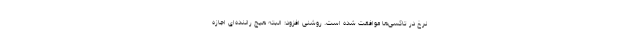
نرخ در تاکسی‌ها موافقت شده است. روشنی افزود: البته هیچ راننده‌ای اجازه